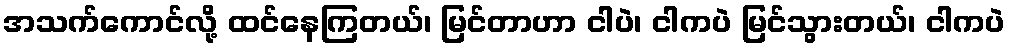
အသက်ကောင်လို့ ထင်နေကြတယ်၊ မြင်တာဟာ ငါပဲ၊ ငါကပဲ မြင်သွားတယ်၊ ငါကပဲ